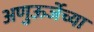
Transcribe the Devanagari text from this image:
अणुऊर्जेच्या